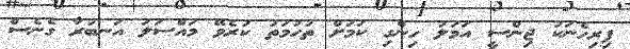
ފިރިހެނަކު ޖިންސީ އަމަލު ހިންގި ކަމަށް ތުހުމަތު ކުރެވޭ މައްސަލަ އަނބުރާ ގެނެސް